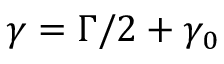
\gamma = \Gamma / 2 + \gamma _ { 0 }